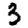
Digit: 3